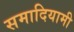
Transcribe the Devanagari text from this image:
समादियामी